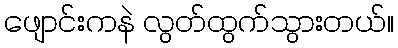
ဖျောင်းကနဲ လွတ်ထွက်သွားတယ်။